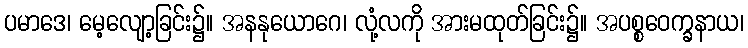
ပမာဒေ၊ မေ့လျော့ခြင်း၌။ အနနုယောဂေ၊ လုံ့လကို အားမထုတ်ခြင်း၌။ အပစ္စဝေက္ခနာယ၊